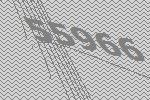
55966